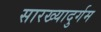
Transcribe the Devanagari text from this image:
सारख्यादुर्गम